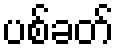
ပစ်ခတ်